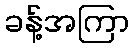
ခန့်အကြာ